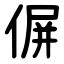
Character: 偋